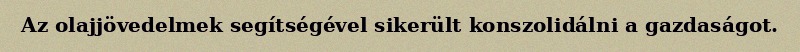
Az olajjövedelmek segítségével sikerült konszolidálni a gazdaságot.